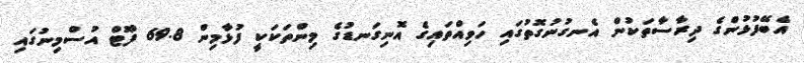
އެބޭފުޅުންގެ ދިރާސާތަކުން އެނގުނުގޮތުގައި ހަވިއްތައިގެ އޮނިގަނޑުގެ މިންތަކަކީ ފުޅާމިން 69.8 ފޫޓް އުސްމިނުގައި